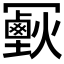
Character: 𠖣